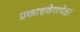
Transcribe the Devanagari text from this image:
प्रकाशवेगापेक्षा